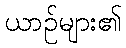
ယာဉ်များ၏